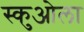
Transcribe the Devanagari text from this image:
स्कुओला